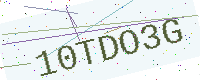
Text: 10TDO3G